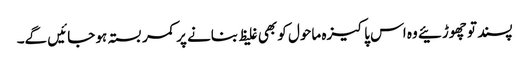
پسند تو چھوڑئیے وہ اس پاکیزہ ماحول کو بھی غلیظ بنانے پر کمر بستہ ہو جائیں گے۔